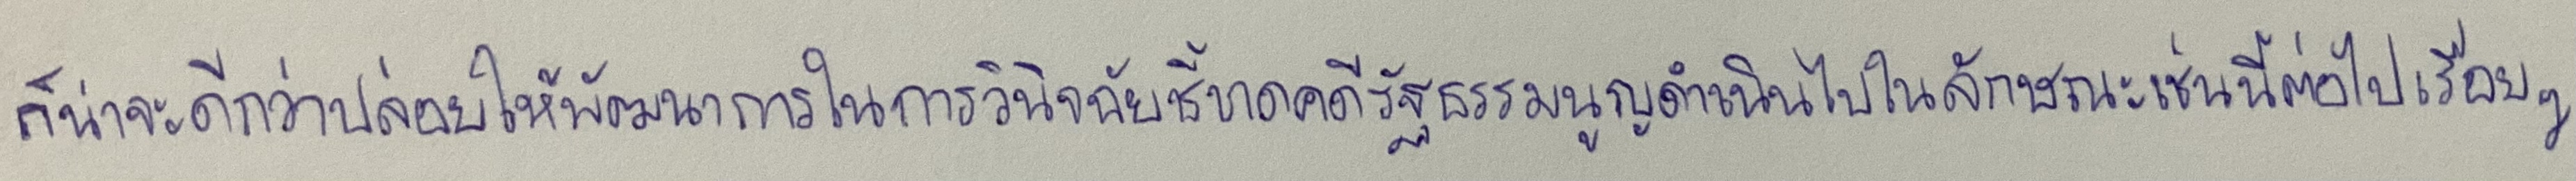
ก็น่าจะดีกว่าปล่อยให้พัฒนาการในการวินิจฉัยชี้ขาดคดีรัฐธรรมนูญดำเนินไปในลักษณะเช่นนี้ต่อไปเรื่อยๆ